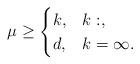
LaTeX: \begin{align*} \mu\ge\begin{cases}k,&k:,\\d,&k=\infty.\end{cases}\end{align*}